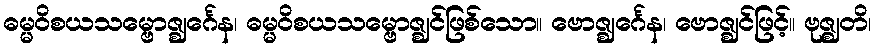
ဓမ္မဝိစယသမ္ဗောဇ္ဈင်္ဂေန၊ ဓမ္မဝိစယသမ္ဗောဇ္ဈင်ဖြစ်သော။ ဗောဇ္ဈင်္ဂေန၊ ဗောဇ္ဈင်ဖြင့်။ ဗုဇ္ဈတိ၊